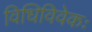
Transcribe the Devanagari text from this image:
विधिविवेकः